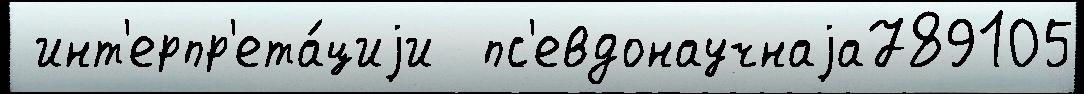
 инт'ерпр'ета́циjи  пс'евдонаучнаjа789105